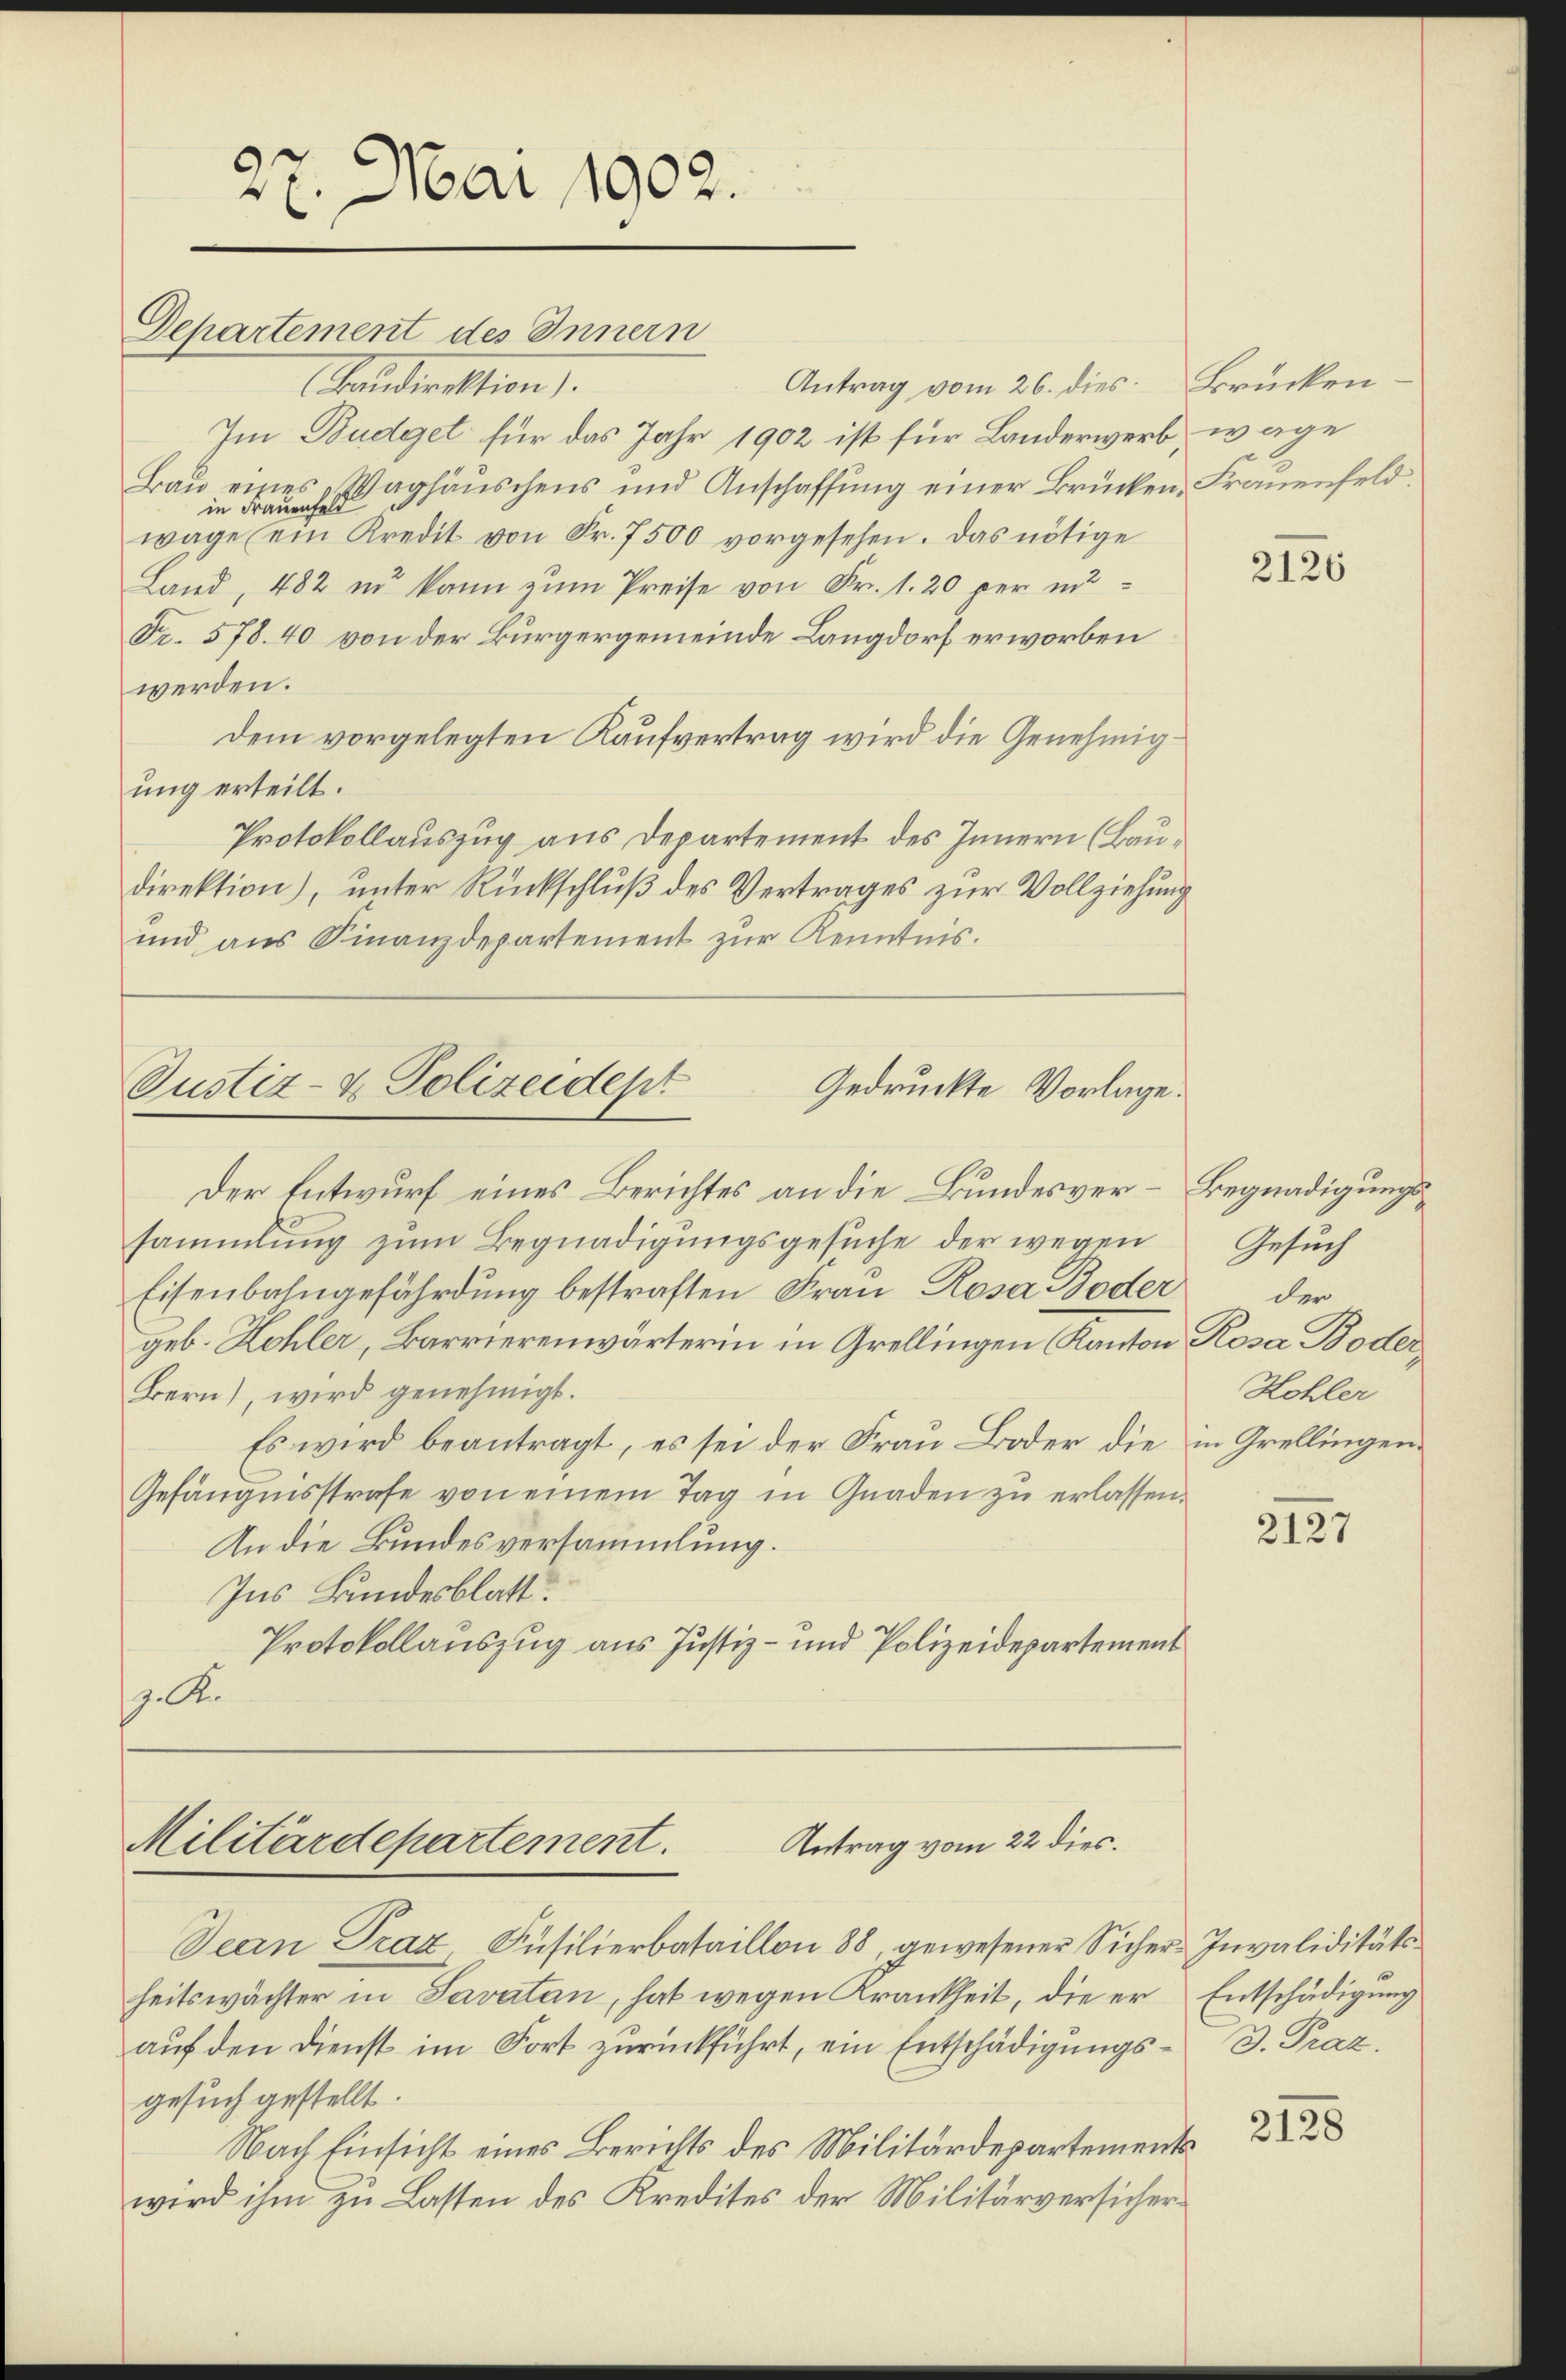
27. Mai 1902.
Departement des Innern

Antrag vom 26. dies. Brücken.
audirektion.
Im Budget für das Jahr 1902 ist für Landerwerb, wage
Bau eines Waghäuschens und Anschaffung einer Brücken, Frauenfeld.
in Frauenfeld
wage ein Kredit von Fr. 7500 vorgesehen. Das nötige
Land, 482 in kann zum Preise von Fr. 1. 20 per in
Fr. 578. 40 von der Bürgergemeinde Langdorf erworben
werden.
Dem vorgelegten Kaufvertrag wird die Genehmigung erteilt.
Protokollauszug aus Departement des Innern (Baudirektion), unter Rückschluß des Vertrages zur Vollziehung
und aus Finanzdepartement zur Kenntnis.

Justiz- & Polizeidept
Gedruckte Vorlage.

Antrag vom 22 dies.
Militärdepartement.

Der Entwurf eines Berichtes an die Bundesver- Begnadigungssammlung zum Begnadigungsgesuche der wegen
Eisenbahngefährdung bestraften Frau Rosa Boder
geb. Kohler, Barrierenwärterin in Grellingen Kanton Rosa Boder
Bern), wird genehmigt.
Es wird beantragt, es sei der Frau Boder die in Grellingen¬
Gefängnisstrafe von einem Tag in Gnaden zu erlassen.
An die Bundesversammlung.
Ins Bundesblatt.
Protokollauszug aus Justiz- und Polizeidepartement
. A.

Jean Graz, Füsilierbataillon 88, gewesener Sicher Invaliditätsheitswächter in Savatan, hat wegen Krankheit, die er Entschädigung
auf den Dienst im Fort zurückführt, ein Entschädigungs- D. Praz
gesuch gestellt.
Nach Einsicht eines Berichts des Militärdepartementswird ihm zu Lasten des Kredites der Militärversicher¬

2126

Gesuch
der
Hohler

2127

2128